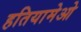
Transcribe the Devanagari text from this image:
हतियामेओ